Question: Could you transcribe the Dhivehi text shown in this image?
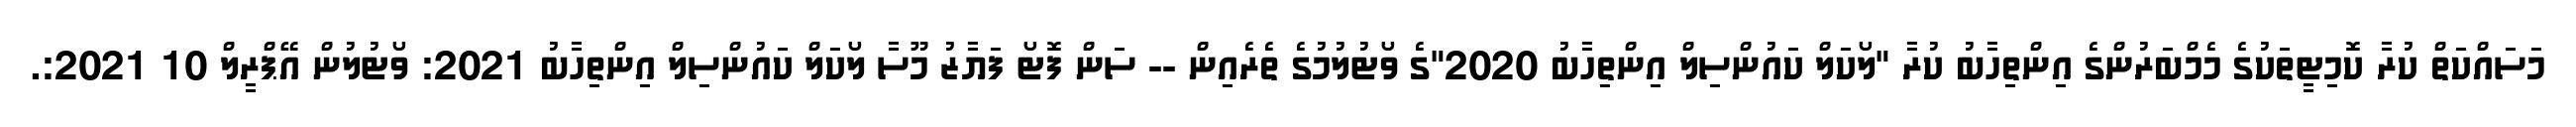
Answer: މަސައްކަތް ކުރާ ކޮމިޓީތަކުގެ މެމްބަރުންގެ އިންތިހާބު ކުރާ "ލޯކަލް ކައުންސިލް އިންތިހާބު 2020"ގެ ވޯޓުލުމުގެ ތެރެއިން -- ސަން ފޮޓޯ ފަޔާޒު މޫސާ ލޯކަލް ކައުންސިލް އިންތިހާބު 2021: ވޯޓުލުން އޭޕްރީލް 10 2021:.